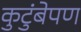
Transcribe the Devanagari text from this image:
कुटुंबेपण